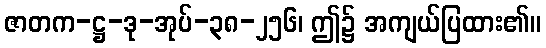
ဇာတက-ဋ္ဌ-ဒု-အုပ်-၃၈-၂၅၆၊ ဤ၌ အကျယ်ပြထား၏။